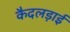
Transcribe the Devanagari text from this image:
कैदलड़ाई